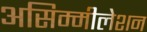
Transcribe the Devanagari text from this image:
असिम्मीलेशन